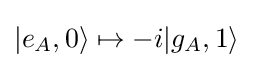
|e_{A},0\rangle \mapsto -i|g_{A},1\rangle